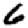
Digit: 6